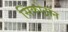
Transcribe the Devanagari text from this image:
सिंकोट्रॉन